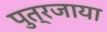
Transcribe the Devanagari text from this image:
पुत्रजाया